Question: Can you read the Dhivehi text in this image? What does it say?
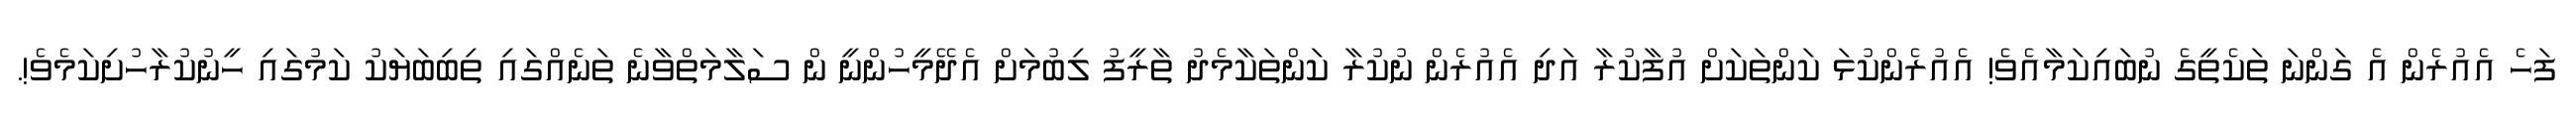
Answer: ފަހެ އެއުރެން އެ ގަންނަ ތަކެތީގެ ނުބައިކަމާއެވެ! އެއުރެންކުޅަ ކަންތަކަށް އުފާކުރާ އަދި އެއުރެން ނުކުރާ ކަންތަކާމެދު ތާރީފު ލިބުމަށް އެދޭމީހުންނީ ން ސަލާމަތްވާނެ ތަނެއްގައި ތިބިބަޔަކު ކަމުގައި ހީނުކުރާހުށިކަމެވެ!.